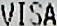
VISA